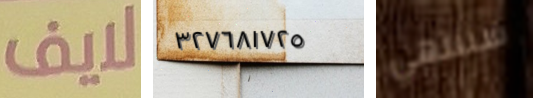
لايف ٣٢٧٦٨١٧٢٥ سننتهي